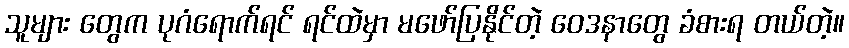
သူများ တွေက ပုဂံရောက်ရင် ရင်ထဲမှာ မဖော်ပြနိုင်တဲ့ ဝေဒနာတွေ ခံစားရ တယ်တဲ့။